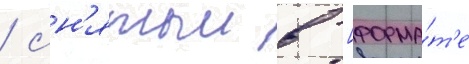
/ сн'ятыи в [форма́т'е